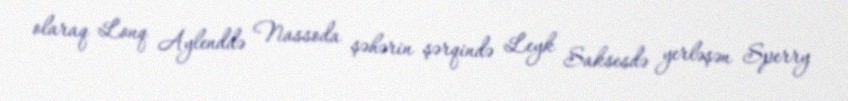
olaraq Lonq Aylenddə Nassoda şəhərin şərqində Leyk Saksesdə yerləşən Sperry